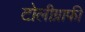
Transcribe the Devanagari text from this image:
टोलीग्राफी